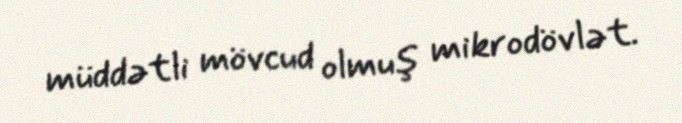
müddətli mövcud olmuş mikrodövlət.